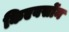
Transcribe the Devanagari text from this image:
किएबर्सोन